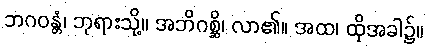
ဘဂဝန္တံ၊ ဘုရားသို့။ အဘိဂစ္ဆိ၊ လာ၏။ အထ၊ ထိုအခါ၌။